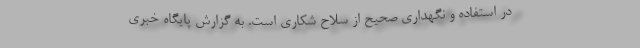
در استفاده و نگهداری صحیح از سلاح شکاری است. به گزارش پایگاه خبری